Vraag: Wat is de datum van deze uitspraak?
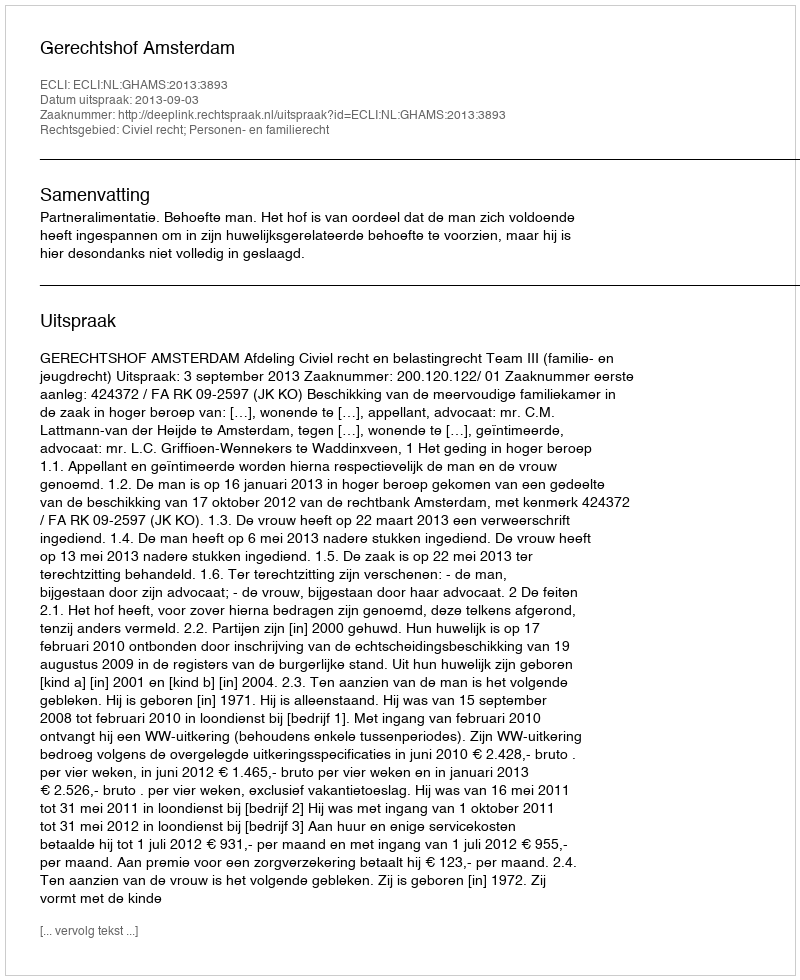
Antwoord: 2013-09-03